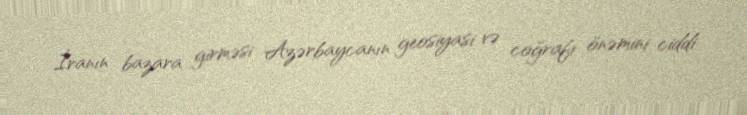
İranın bazara girməsi Azərbaycanın geosiyasi və coğrafi önəmini ciddi